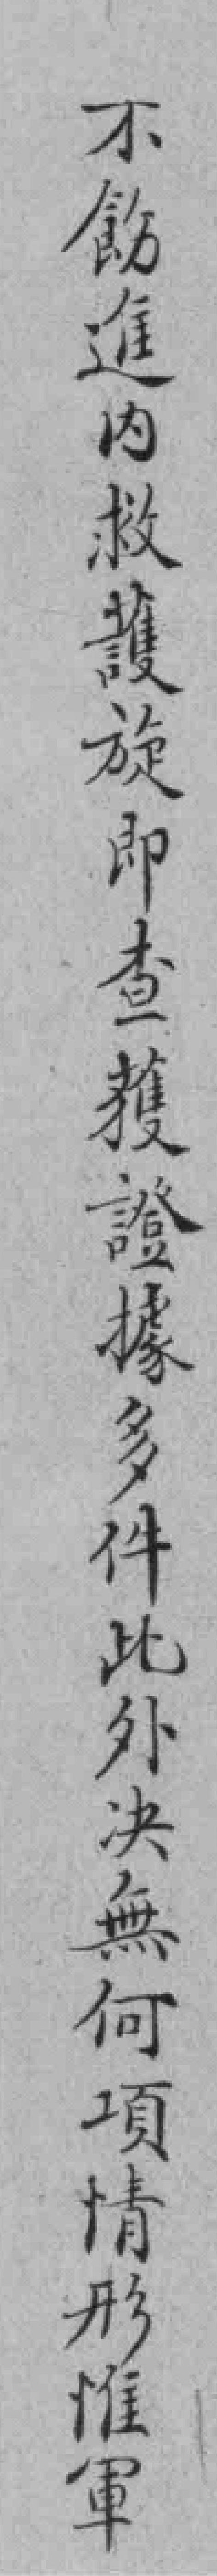
不飭進內救護旋即查獲證據多件此外决無何項情形惟軍